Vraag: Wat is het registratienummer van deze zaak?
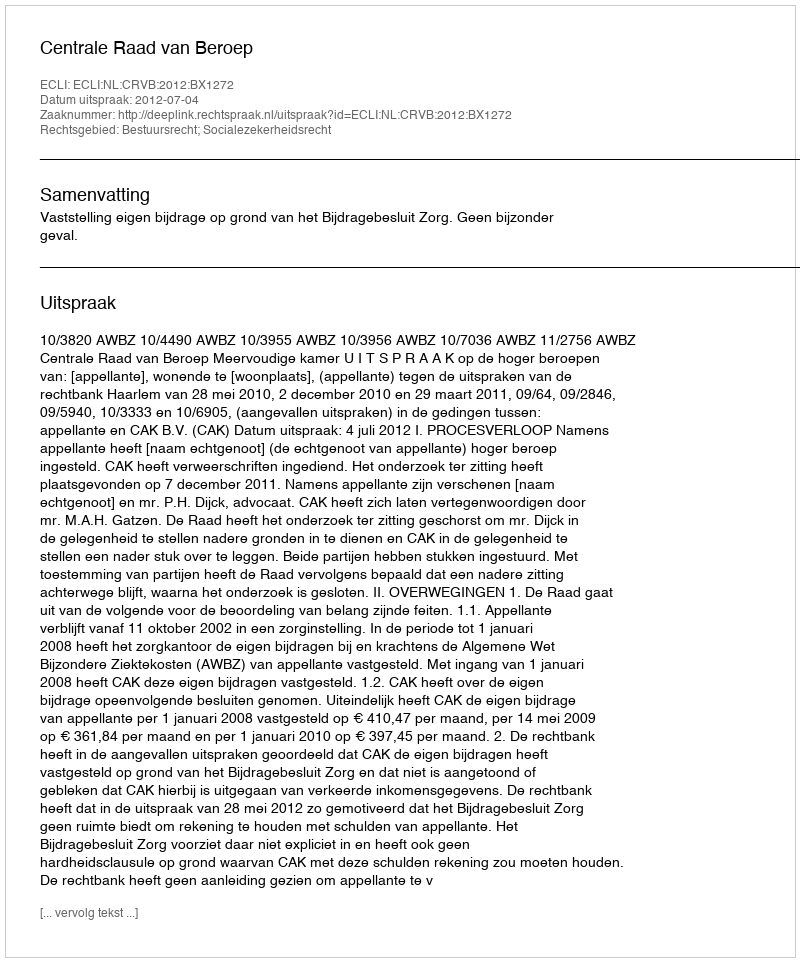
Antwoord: http://deeplink.rechtspraak.nl/uitspraak?id=ECLI:NL:CRVB:2012:BX1272